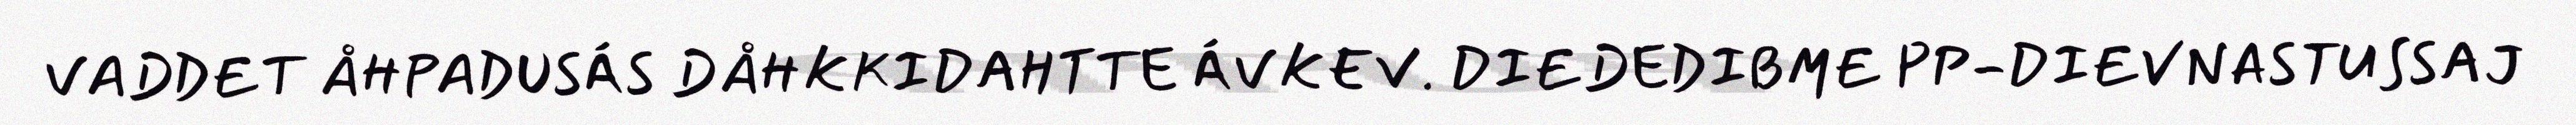
VADDET ÅHPADUSÁS DÅHKKIDAHTTE ÁVKEV. DIEDEDIBME PP-DIEVNASTUSSAJ